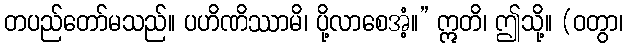
တပည်တော်မသည်။ ပဟိဏိဿာမိ၊ ပို့လာစေအံ့။” ဣတိ၊ ဤသို့။ (ဝတွာ၊